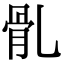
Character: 䯆